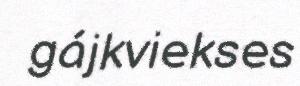
gájkviekses